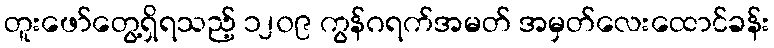
တူးဖော်တွေ့ရှိရသည့် ၁၂၀၉ ကွန်ဂရက်အမတ် အမှတ်လေးထောင်ခန်း